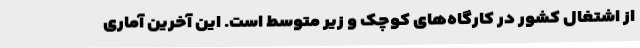
از اشتغال کشور در کارگاه‌های کوچک و زیر متوسط است. این آخرین آماری